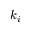
k _ { i }